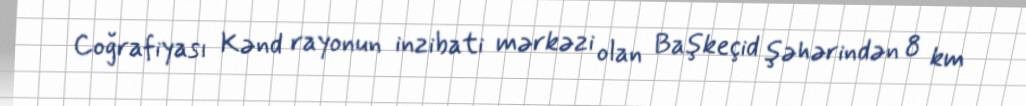
Coğrafiyası Kənd rayonun inzibati mərkəzi olan Başkeçid şəhərindən 8 km